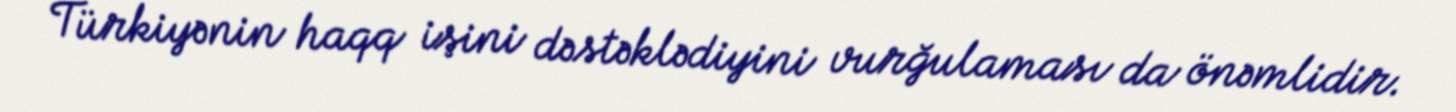
Türkiyənin haqq işini dəstəklədiyini vurğulaması da önəmlidir.